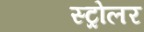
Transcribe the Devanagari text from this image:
स्ट्रोलर